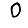
Digit: 0